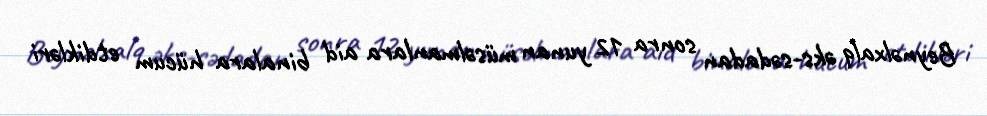
Beynəlxalq əks-sədadan sonra 12 yunan müsəlmanlara aid binalara hücum etdikləri